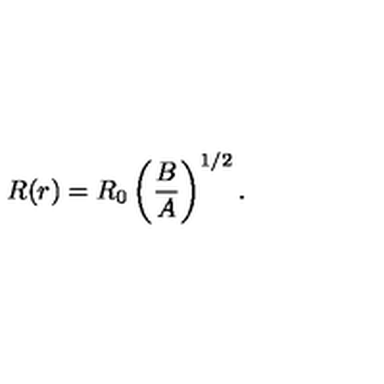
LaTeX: R ( r ) = R _ { 0 } \left( \frac { B } { A } \right) ^ { 1 / 2 } .